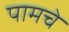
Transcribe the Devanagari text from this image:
पामचे